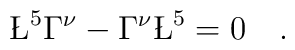
\L^5\Gamma^\nu - \Gamma^\nu \L^5 = 0 \quad.